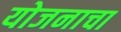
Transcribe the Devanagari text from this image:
योजनाचा